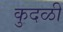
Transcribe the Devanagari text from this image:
कुदळी